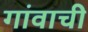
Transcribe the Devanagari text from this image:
गांवाची